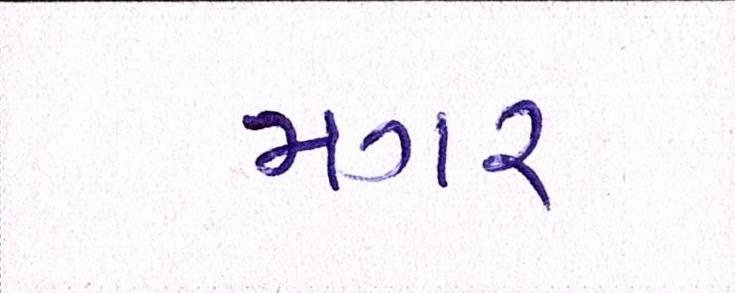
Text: મગર